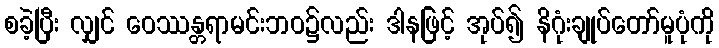
စခဲ့ပြီး လျှင် ဝေဿန္တရာမင်းဘဝ၌လည်း ဒါနဖြင့် အုပ်၍ နိဂုံးချုပ်တော်မူပုံကို